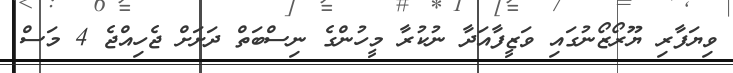
ވިޔަފާރި ޔޫރޯޒޯނުގައި ވަޒީފާއަދާ ނުކުރާ މީހުންގެ ނިސްބަތް ދަށަށް ޖެހިއްޖެ 4 މަސް